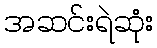
အဆင်းရဲဆုံး